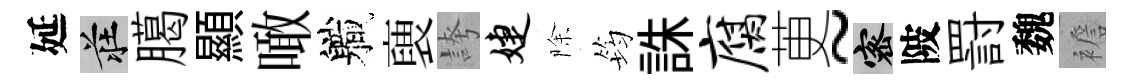
延莊臈顯噉軄褏誇婕除筠誅腐茰~密陂罸魏襜